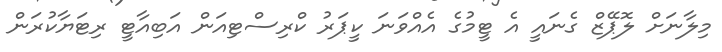
މިލާނަށް ލޮޕޭޒް ގެނައީ އެ ޓީމުގެ އެއްވަނަ ކީޕަރު ކްރިސްޓިއަން އަބިއާޓީ ރިޓަޔާކުރަން